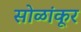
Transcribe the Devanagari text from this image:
सोळांकूर